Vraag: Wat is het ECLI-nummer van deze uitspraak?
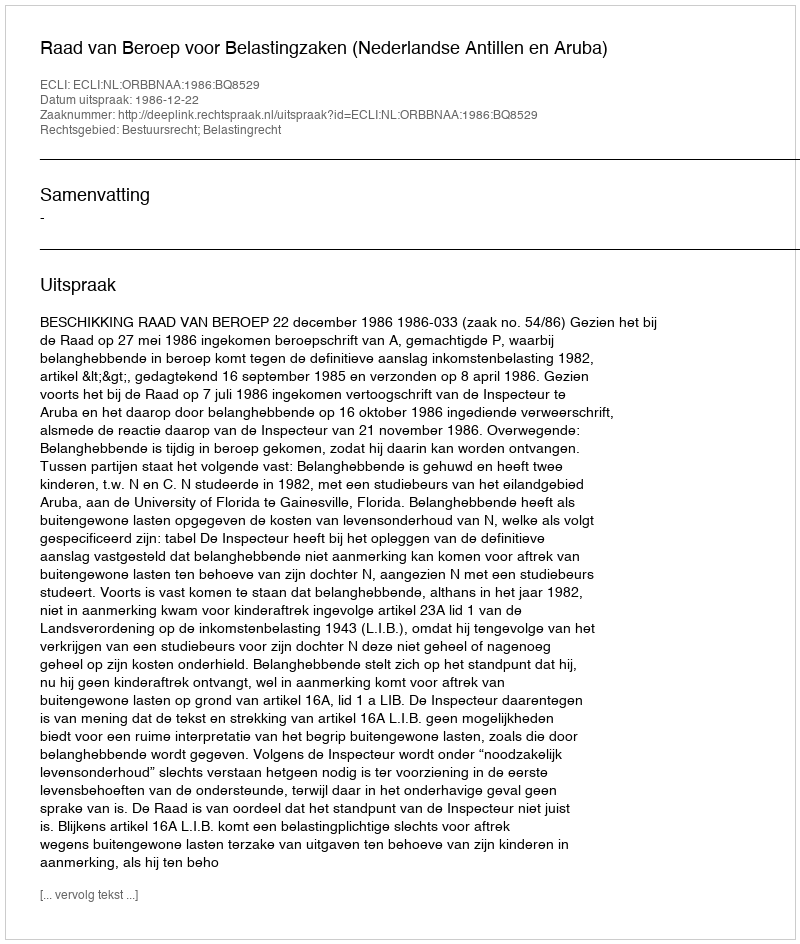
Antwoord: ECLI:NL:ORBBNAA:1986:BQ8529